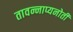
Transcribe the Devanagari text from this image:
तावन्नाप्यनोती